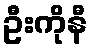
ဦးကိုနီ